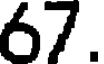
67.